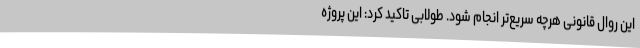
این روال قانونی هرچه سریع‌تر انجام شود. طولابی تاکید کرد: این پروژه